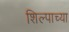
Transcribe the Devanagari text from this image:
शिल्पाच्या